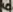
Text: 6